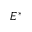
E ^ { * }